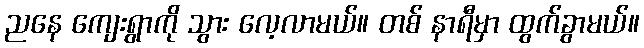
ညနေ ကျေးရွာကို သွား လေ့လာမယ်။ တစ် နာရီမှာ ထွက်ခွာမယ်။